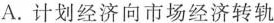
A.计划经济向市场经济转轨